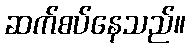
ဆက်စပ်နေသည်။